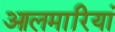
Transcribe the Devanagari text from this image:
आलमारियां